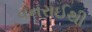
વનરાઈથી